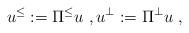
LaTeX: \begin{align*}u^{\leq}:=\Pi^{\leq}u\ ,u^{\perp}:=\Pi^{\perp}u\ ,\end{align*}